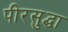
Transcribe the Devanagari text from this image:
पीरसुद्धा